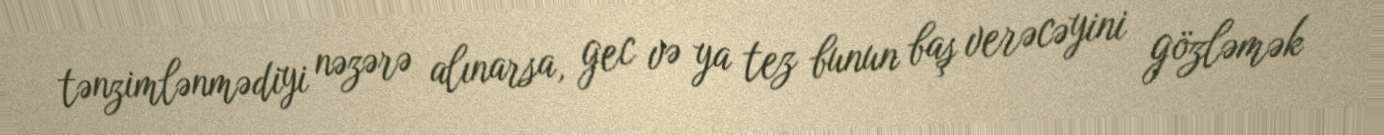
tənzimlənmədiyi nəzərə alınarsa, gec və ya tez bunun baş verəcəyini gözləmək